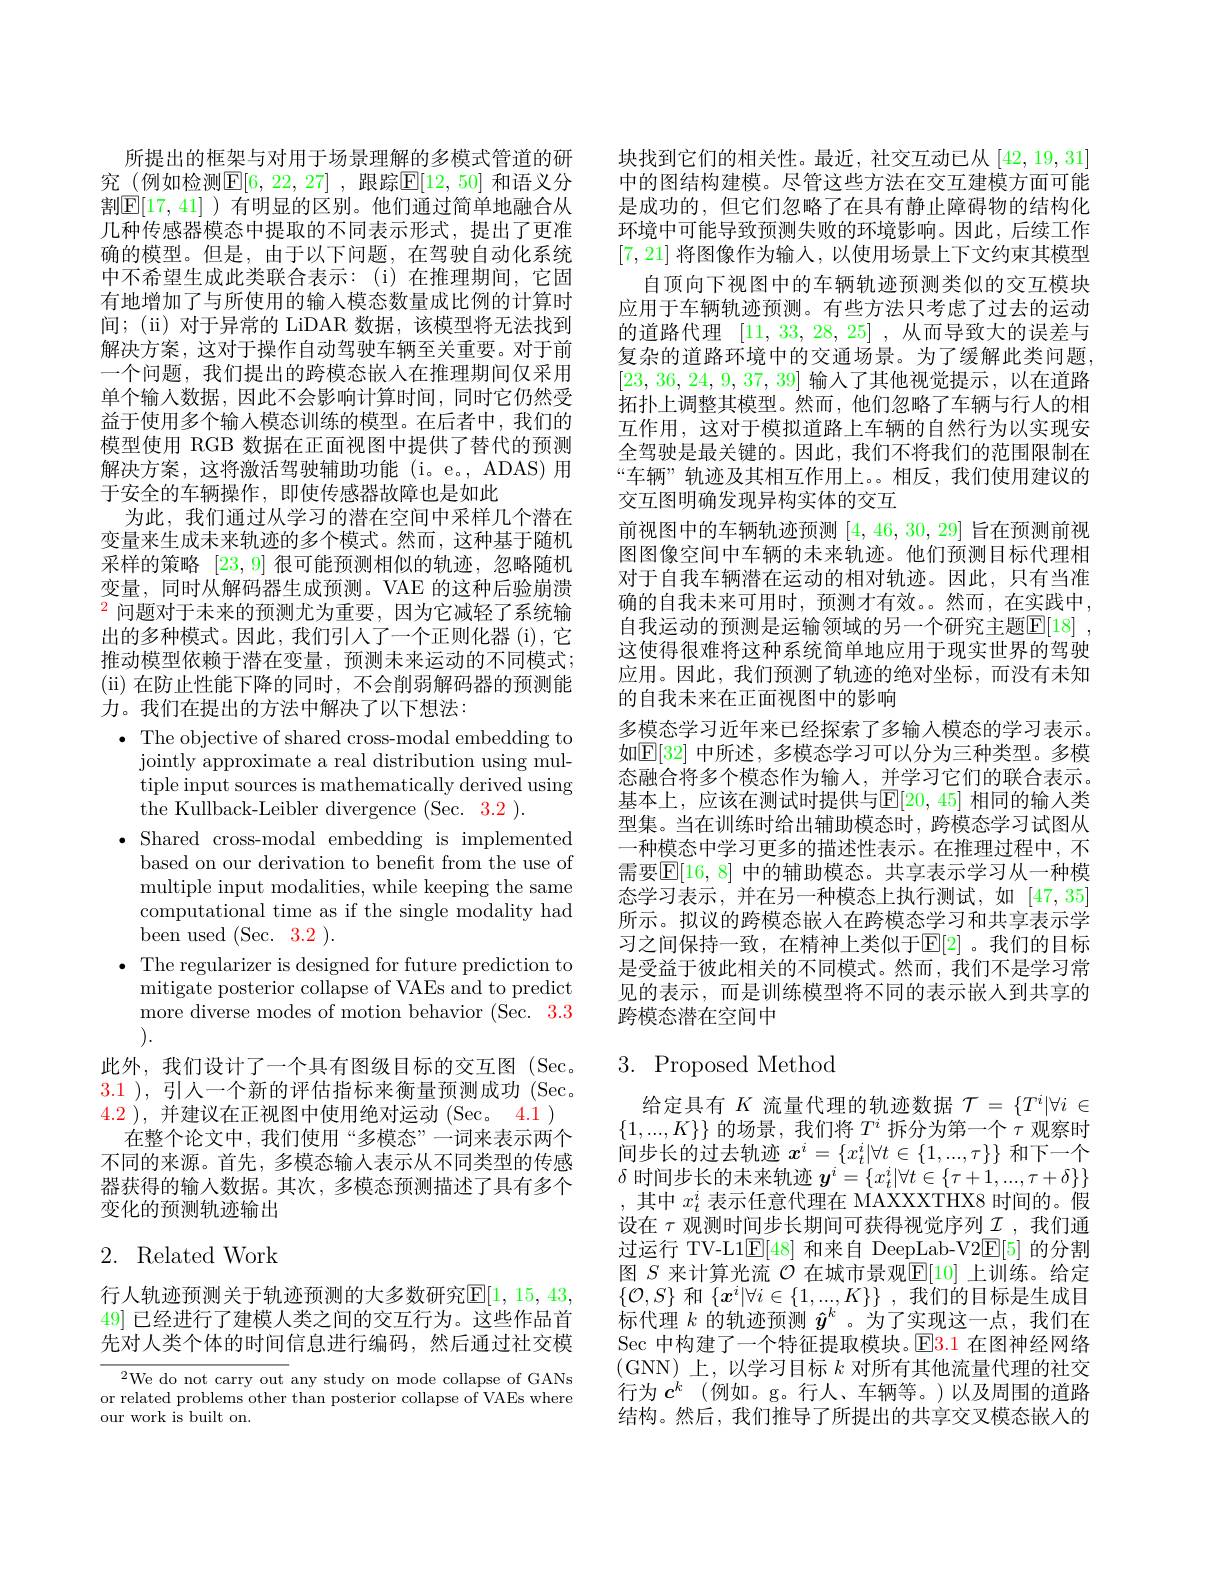
所提出的框架与对用于场景理解的多模式管道的研究(例如检测$\mathbb{E}[6,22,27]$ ,跟踪$\mathbb{E}[12,50]$ 和语义分割$\mathbb{E}[17,41]$ )有明显的区别。他们通过简单地融合从几种传感器模态中提取的不同表示形式，提出了更准确的模型。但是，由于以下问题，在驾驶自动化系统中不希望生成此类联合表示：(i)在推理期间，它固有地增加了与所使用的输入模态数量成比例的计算时间；(ii) 对于异常的 LiDAR 数据，该模型将无法找到解决方案，这对于操作自动驾驶车辆至关重要。对于前一个问题，我们提出的跨模态嵌人在推理期间仅采用单个输人数据，因此不会影响计算时间，同时它仍然受益于使用多个输入模态训练的模型。在后者中，我们的模型使用 RGB 数据在正面视图中提供了替代的预测解决方案，这将激活驾驶辅助功能(i。e。,ADAS)用于安全的车辆操作，即使传感器故障也是如此
为此，我们通过从学习的潜在空间中采样几个潜在变量来生成未来轨迹的多个模式。然而，这种基于随机采样的策略[23,9]很可能预测相似的轨迹，忽略随机变量，同时从解码器生成预测。VAE 的这种后验崩溃$^{2}$问题对于未来的预测尤为重要，因为它减轻了系统输出的多种模式。因此，我们引人了一个正则化器 (i),它推动模型依赖于潜在变量，预测未来运动的不同模式； (ii)在防止性能下降的同时，不会削弱解码器的预测能力。我们在提出的方法中解决了以下想法：
$\bullet$ The objective of shared cross-modal embedding to
jointly approximate a real distribution using multiple input sources is mathematically derived using the Kullback-Leibler divergence (Sec. 3.2 ).
$\bullet$ Shared cross-modal embedding is implemented
based on our derivation to benefit from the use of multiple input modalities, while keeping the same computational time as if the single modality had been used (Sec.3.2).
$\bullet$ The regularizer is designed for future prediction to
mitigate posterior collapse of VAEs and to predict more diverse modes of motion behavior (Sec. 3.3 ).
此外，我们设计了一个具有图级目标的交互图(Sec. 3.1 ), 引人一个新的评估指标来衡量预测成功 (Sec. $\color{red}{4.2}$ ),并建议在正视图中使用绝对运动 (Sec。$\color{red}{4.1}$ )
在整个论文中，我们使用“多模态”一词来表示两个不同的来源。首先，多模态输入表示从不同类型的传感器获得的输入数据。其次，多模态预测描述了具有多个变化的预测轨迹输出

## 2. Related Work

行人轨迹预测关于轨迹预测的大多数研究$\mathbb{E}[1,15,43$, 49]已经进行了建模人类之间的交互行为。这些作品首先对人类个体的时间信息进行编码，然后通过社交模

${}^{2}$We do not carry out any study on mode collapse of GANs or related problems other than posterior collapse of VAEs where our work is built on.

块找到它们的相关性。最近，社交互动已从[42,19,31] 中的图结构建模。尽管这些方法在交互建模方面可能是成功的，但它们忽略了在具有静止障碍物的结构化环境中可能导致预测失败的环境影响。因此，后续工作[7,21]将图像作为输入，以使用场景上下文约束其模型
自顶向下视图中的车辆轨迹预测类似的交互模块应用于车辆轨迹预测。有些方法只考虑了过去的运动的道路代理[11,33,28,25] ,从而导致大的误差与复杂的道路环境中的交通场景。为了缓解此类问题， [23,36,24,9,37,39]输入了其他视觉提示，以在道路拓扑上调整其模型。然而，他们忽略了车辆与行人的相互作用，这对于模拟道路上车辆的自然行为以实现安全驾驶是最关键的。因此，我们不将我们的范围限制在“车辆”轨迹及其相互作用上。。相反，我们使用建议的交互图明确发现异构实体的交互
前视图中的车辆轨迹预测[4,46,30,29]旨在预测前视图图像空间中车辆的未来轨迹。他们预测目标代理相对于自我车辆潜在运动的相对轨迹。因此，只有当准确的自我未来可用时，预测才有效。然而，在实践中， 自我运动的预测是运输领域的另一个研究主题$\mathbb{E} [ 18]$ , 这使得很难将这种系统简单地应用于现实世界的驾驶应用。因此，我们预测了轨迹的绝对坐标，而没有未知的自我未来在正面视图中的影响
多模态学习近年来已经探索了多输入模态的学习表示。如$\mathbb{E}[32]$ 中所述，多模态学习可以分为三种类型。多模态融合将多个模态作为输人，并学习它们的联合表示。基本上，应该在测试时提供与$\mathbb{E}[20,45]$ 相同的输入类型集。当在训练时给出辅助模态时，跨模态学习试图从一种模态中学习更多的描述性表示。在推理过程中，不需要$\boxed{\mathbb{E}}[16,8]$ 中的辅助模态。共享表示学习从一种模态学习表示，并在另一种模态上执行测试，如[47,35] 所示。拟议的跨模态嵌人在跨模态学习和共享表示学习之间保持一致，在精神上类似于$\mathbb{E}[2]$ 。我们的目标是受益于彼此相关的不同模式。然而，我们不是学习常见的表示 , 而是训练模型将不同的表示嵌人到共享的跨模态潜在空间中

# 3. Proposed Method

给定具有$K$流量代理的轨迹数据$\mathcal{T}=\{T^i|\forall i\in$ $\{1,...,K\}\}$的场景，我们将$T^i$拆分为第一个$\tau$观察时间步长的过去轨迹$x^i=\{x_t^i|\forall t\in\{1,...,\tau\}\}$和下一个$\delta$时间步长的未来轨迹$y^i=\{x_t^i|\forall t\in\{\tau+1,...,\tau+\delta\}\}$ ,其中$x_t^i$表示任意代理在 MAXXXTHX8 时间的。假设在 $\tau$ 观测时间步长期间可获得视觉序列$\underline{I}$ ,我们通过运行 TV-L1$\underline{\mathrm{E}}[48]$和来自 DeepLab-V2$\underline{\mathrm{E}}[5]$的分割图$S$来计算光流$\mathcal{O}$在城市景观$\mathbb{E}[10]$上训练。给定$\{\mathcal{O},S\}$和$\{x^i|\forall i\in\{1,...,K\}\}$ ,我们的目标是生成目标代理$k$的轨迹预测$\hat{y}^k$ 。为了实现这一点，我们在Sec 中构建了一个特征提取模块。$\operatorname{E}\color{red}{3.1}$在图神经网络(GNN)上，以学习目标$k$对所有其他流量代理的社交行为$c^k$ (例如。g。行人、车辆等。)以及周围的道路结构。然后，我们推导了所提出的共享交叉模态嵌入的